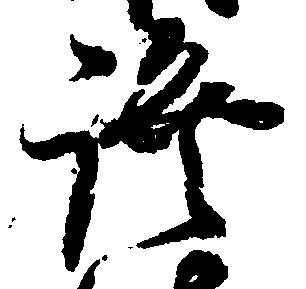
証